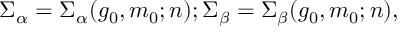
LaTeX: \mit \Sigma _ { \alpha } = \mit \Sigma _ { \alpha } ( g _ { 0 } , m _ { 0 } ; n ) ; \mit \Sigma _ { \beta } = \mit \Sigma _ { \beta } ( g _ { 0 } , m _ { 0 } ; n ) ,